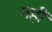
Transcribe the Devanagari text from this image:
नहीं